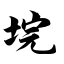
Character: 垸